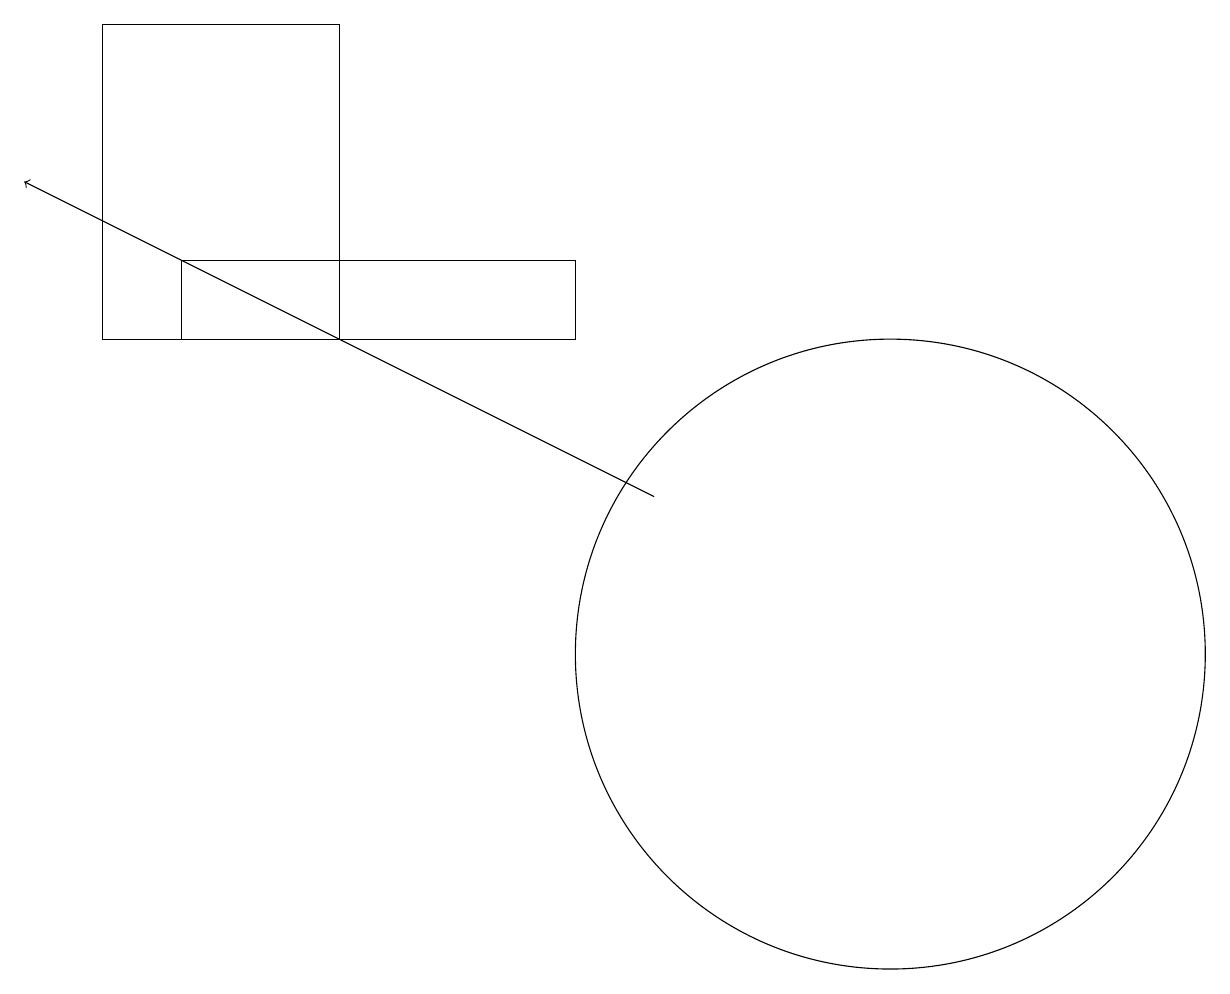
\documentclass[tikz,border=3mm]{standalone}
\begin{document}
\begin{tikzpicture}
\draw (5,18) rectangle (2,14);
\draw (3,14) rectangle (8,15);
\draw[->] (9,12) -- (1,16);
\draw (12,10) circle (4);
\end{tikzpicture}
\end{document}